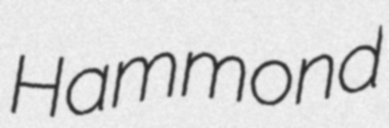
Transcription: Hammond